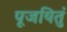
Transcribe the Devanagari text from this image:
पूजयितुं